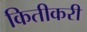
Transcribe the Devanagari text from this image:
कितीकरी